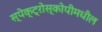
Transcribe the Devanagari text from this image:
स्पेक्ट्रोस्कोपीमधील